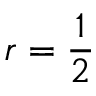
r = \frac 1 2